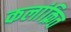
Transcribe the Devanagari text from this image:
कलांक्रित